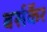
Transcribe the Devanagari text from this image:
बर्सर्केर